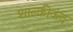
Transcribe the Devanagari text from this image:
शाल्कीकंद